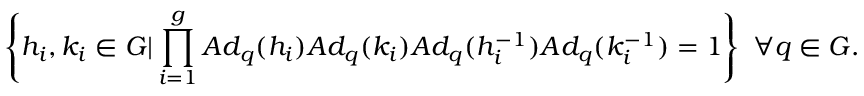
\left\{ h _ { i } , k _ { i } \in G \vert \prod _ { i = 1 } ^ { g } A d _ { q } ( h _ { i } ) A d _ { q } ( k _ { i } ) A d _ { q } ( h _ { i } ^ { - 1 } ) A d _ { q } ( k _ { i } ^ { - 1 } ) = 1 \right\} \, \, \forall q \in G .